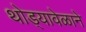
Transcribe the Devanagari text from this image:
थोड्यावेळाने